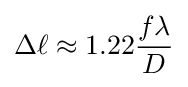
\Delta \ell \approx 1.22{\frac {f\lambda }{D}}